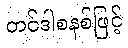
တင်ဒါစနစ်ဖြင့်